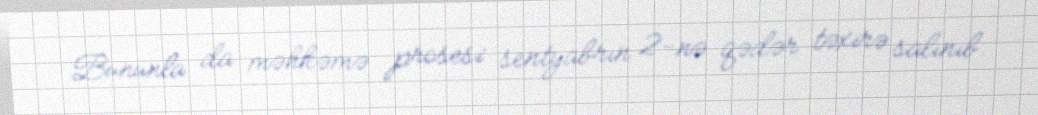
Bununla da məhkəmə prosesi sentyabrın 2-nə qədər təxirə salınıb.